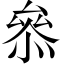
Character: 叅